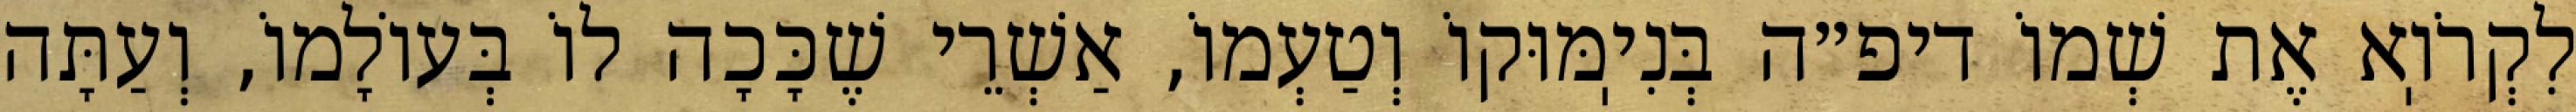
לִקְרֹוֽא אֶת שְׁמוֹ דיפ״ה בְּנִיֽמּוּקוֹ וְטַעְמוֹ, אַשְׁרֵי שֶׁכָּכָה לוֹ בְּעוֹלָמוֹ, וְעַתָּה